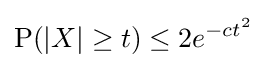
\mathrm {P} (|X|\geq t)\leq 2e^{-ct^{2}}